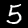
Digit: 5